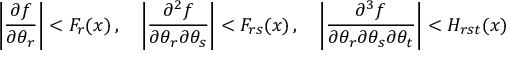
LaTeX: \left| { \frac { \partial f } { \partial \theta _ { r } } } \right| < F _ { r } ( x ) \, , \quad \left| { \frac { \partial ^ { 2 } f } { \partial \theta _ { r } \partial \theta _ { s } } } \right| < F _ { r s } ( x ) \, , \quad \left| { \frac { \partial ^ { 3 } f } { \partial \theta _ { r } \partial \theta _ { s } \partial \theta _ { t } } } \right| < H _ { r s t } ( x )